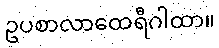
ဥပစာလာထေရီဂါထာ။